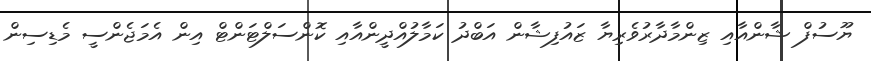
ޔޫސުފް ޝާންއާއި ޒިންމާދާރުވެރިޔާ ޒައުފިޝާން އަބްދު ކަމާލުއްދީންއާއި ކޮންސަލްޓަންޓް އިން އެމަޖެންސީ މެޑިސިން